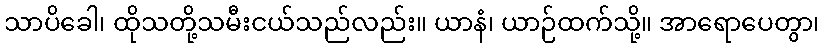
သာပိခေါ၊ ထိုသတို့သမီးငယ်သည်လည်း။ ယာနံ၊ ယာဉ်ထက်သို့။ အာရောပေတွာ၊